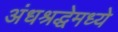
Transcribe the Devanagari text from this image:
अंधश्रद्धेमध्ये